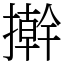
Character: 擀